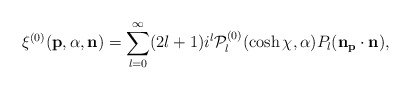
\begin{align*}\xi^{(0)}({\bf p},\alpha,{\bf n})=\sum_{l=0}^{\infty}(2l+1)i^{l}{\cal{P}}^{(0)}_{l}(\cosh\chi,\alpha)P_{l}(\bf n_{\bf p}\cdot\bf n),\end{align*}